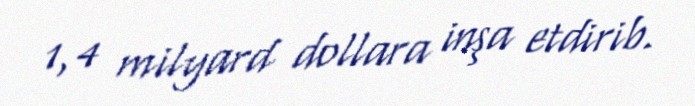
1,4 milyard dollara inşa etdirib.